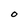
Character: O